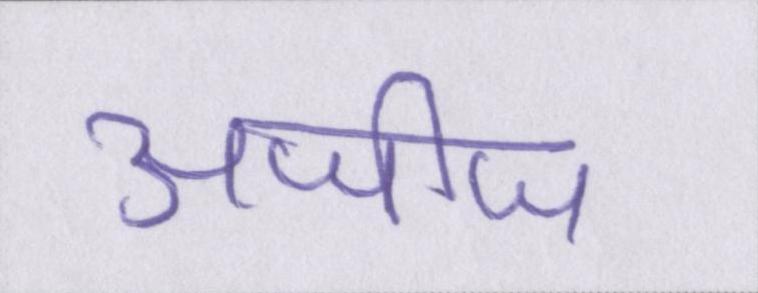
अजीज